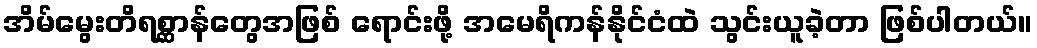
အိမ်မွေးတိရစ္ဆာန်တွေအဖြစ် ရောင်းဖို့ အမေရိကန်နိုင်ငံထဲ သွင်းယူခဲ့တာ ဖြစ်ပါတယ်။